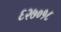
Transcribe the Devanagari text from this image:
६२७०१८